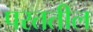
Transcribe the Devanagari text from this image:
परततील